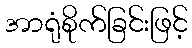
အာရုံစိုက်ခြင်းဖြင့်